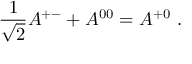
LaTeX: { \frac { 1 } { \sqrt { 2 } } } A ^ { + - } + A ^ { 0 0 } = A ^ { + 0 } ~ .